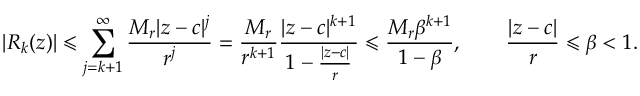
| R _ { k } ( z ) | \leqslant \sum _ { j = k + 1 } ^ { \infty } { \frac { M _ { r } | z - c | ^ { j } } { r ^ { j } } } = { \frac { M _ { r } } { r ^ { k + 1 } } } { \frac { | z - c | ^ { k + 1 } } { 1 - { \frac { | z - c | } { r } } } } \leqslant { \frac { M _ { r } \beta ^ { k + 1 } } { 1 - \beta } } , \qquad { \frac { | z - c | } { r } } \leqslant \beta < 1 .